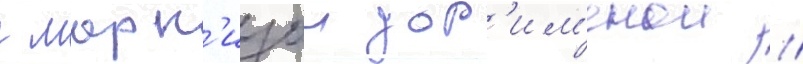
с марк'изои дор'им'енои //